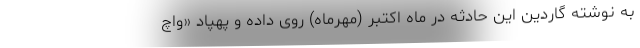
به نوشته گاردین این حادثه در ماه اکتبر (مهرماه) روی داده و پهپاد «واچ